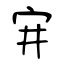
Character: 宑